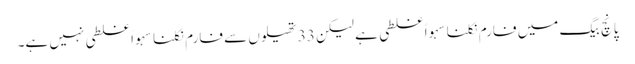
پانچ بیگ میں فارم نکلنا سہواً غلطی ہے لیکن 33 تھیلوں سے فارم نکلنا سہواً غلطی نہیں ہے۔